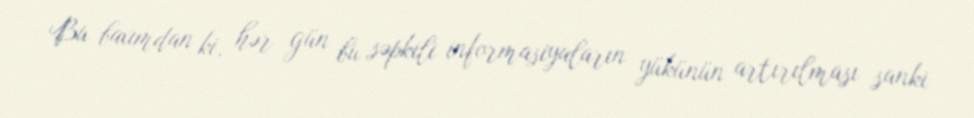
Bu baxımdan ki, hər gün bu səpkili informasiyaların yükünün artırılması sanki